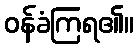
ဝန်ခံကြရ၏။